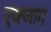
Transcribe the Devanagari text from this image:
एक्जाम